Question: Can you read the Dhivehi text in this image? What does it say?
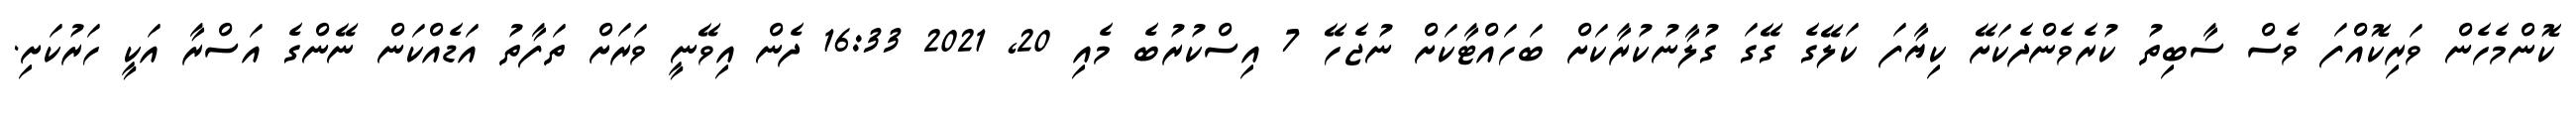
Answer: ކޮންމެހެން ވަރިކޮއްފަ ވެސް ސާބިތު ކުރެވެންދެކަށޭ ކިޔާފަ ކަލޭގެ ގޭގަ ގުލާނުކުރާކަށް ބަހައްޓާކަށް ނުޖެހޭ 7 އިސްކުރުބެ މެއި 20, 2021 16:33 ދެން އިވޭނީ ވަރަށް ތަފާތު އަޑެއްކަން ނޭންގެ އަސްރާ އަކީ ހަރުކަށި.